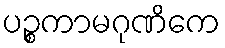
ပဉ္စကာမဂုဏိကေ